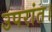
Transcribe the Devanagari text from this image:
उपरांत।